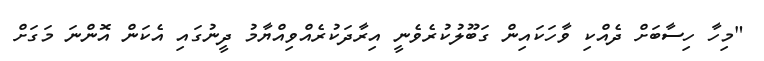
"މިހާ ހިސާބަށް ދެއްކި ވާހަކައިން ގަބޫލުކުރެވެނީ އިރާދަކުރެއްވިއްޔާމު ދީނުގައި އެކަން އޮންނަ މަގަށް